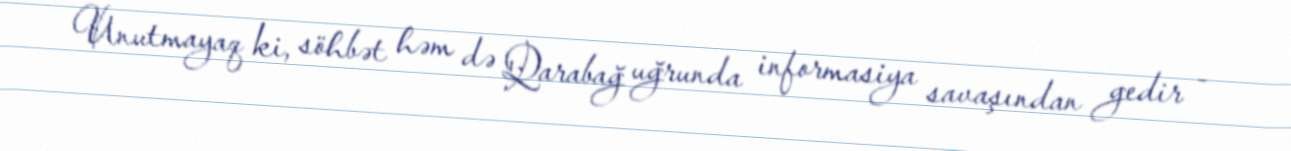
Unutmayaq ki, söhbət həm də Qarabağ uğrunda informasiya savaşından gedir -